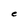
Character: C